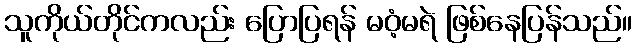
သူကိုယ်တိုင်ကလည်း ပြောပြရန် မဝံ့မရဲ ဖြစ်နေပြန်သည်။